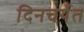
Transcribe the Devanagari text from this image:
दिनचर्येत